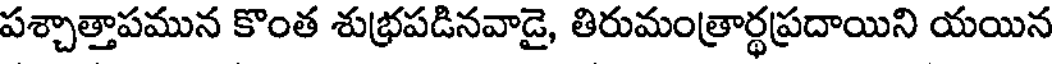
పశ్చాత్తాపమున కొంత శుభ్రపడినవాడై, తిరుమంత్రార్థప్రదాయిని యయిన